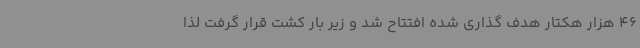
46 هزار هکتار هدف گذاری شده افتتاح شد و زیر بار کشت قرار گرفت لذا